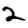
Digit: 2